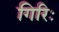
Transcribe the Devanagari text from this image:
गिरिः